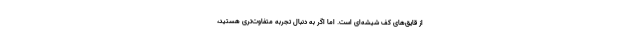
از قایق‌های کف ‌شیشه‌ای است. اما اگر به دنبال تجربه متفاوت‌تری هستید،